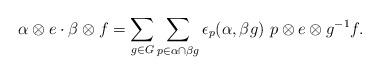
LaTeX: \begin{align*}\alpha\otimes e \cdot \beta\otimes f=\sum_{g\in G}\sum_{p\in \alpha\cap \beta g} \epsilon_p(\alpha,\beta g) \,\,p\otimes e\otimes g^{-1} f.\end{align*}